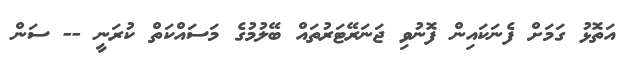
އަތޮޅު ގަމަށް ފެނަކައިން ފޮނުވި ޖަނަރޭޓަރުތައް ބޭލުމުގެ މަސައްކަތް ކުރަނީ -- ސަން